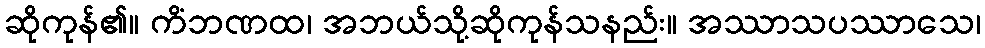
ဆိုကုန်၏။ ကိံဘဏထ၊ အဘယ်သို့ဆိုကုန်သနည်း။ အဿာသပဿာသေ၊